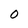
Character: O